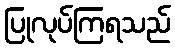
ပြုလုပ်ကြရသည်